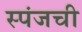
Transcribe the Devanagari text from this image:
स्पंजची